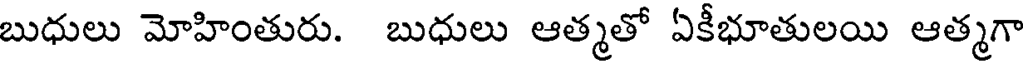
బుధులు మోహింతురు. బుధులు ఆత్మతో ఏకీభూతులయి ఆత్మగా